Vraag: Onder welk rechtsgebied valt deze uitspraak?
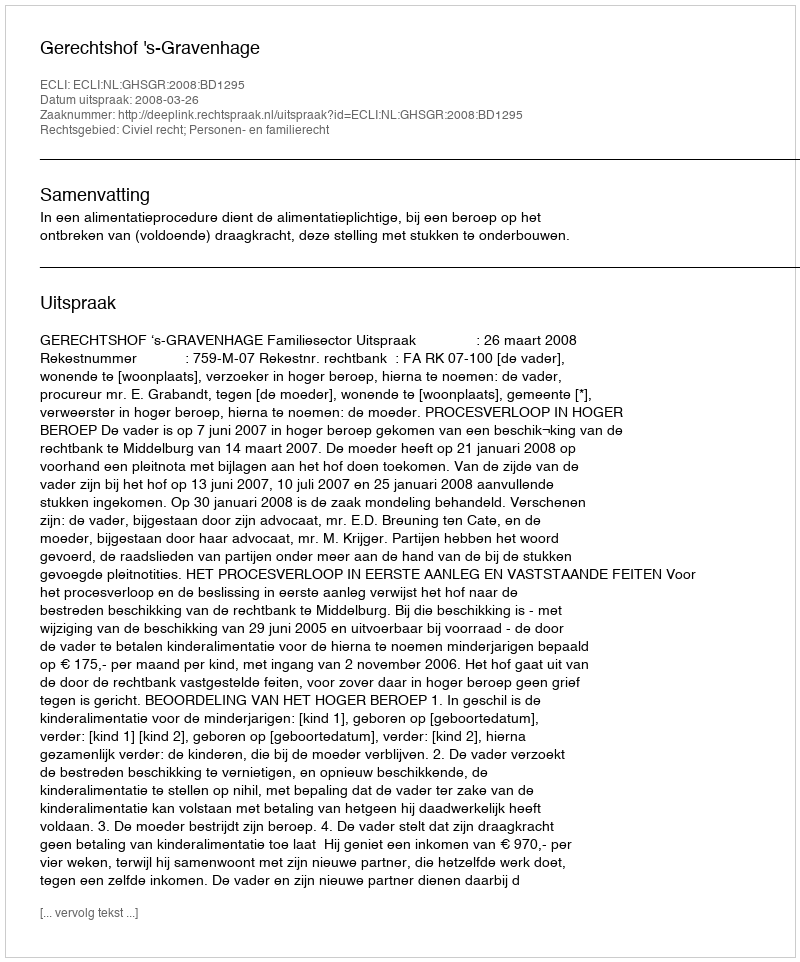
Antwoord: Civiel recht; Personen- en familierecht